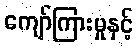
ကျော်ကြားမှုနှင့်